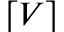
\lceil V \rceil